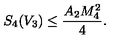
S _ { 4 } ( V _ { 3 } ) \leq \frac { A _ { 2 } M _ { 4 } ^ { 2 } } { 4 } .